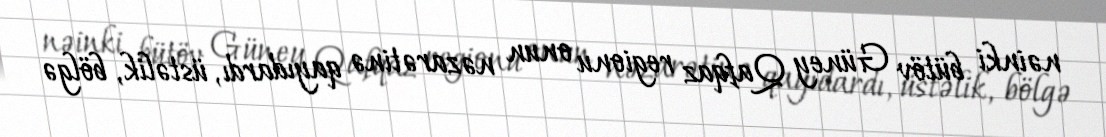
nəinki bütöv Güney Qafqaz regionu onun nəzarətinə qayıdardı, üstəlik, bölgə